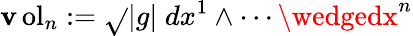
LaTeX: \operatorname{\mathbf{v}ol}_{n}:={\sqrt{}{{|g|}}}\; dx^{1}\wedge\cdots\wedgedx^{n}